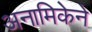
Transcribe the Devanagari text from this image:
अनामिकेने